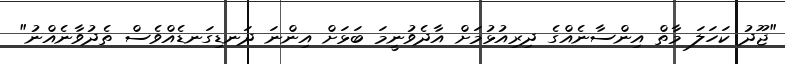
"ޖޫދު ކަހަލަ މާތް އިންސާނެއްގެ ދިރިއުޅުމަށް އާދެވުނީމަ ބަޅަށް އިންނަ ދަނޑިގަނޑެއްވެސް ތެދުވާނެއްނު"